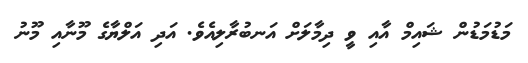
މަޑުމަޑުން ޝައިމް އާއި ވީ ދިމާލަށް އަނބުރާލިއެވެ. އަދި އަލްޔާގެ މޫނާއި މޫނު